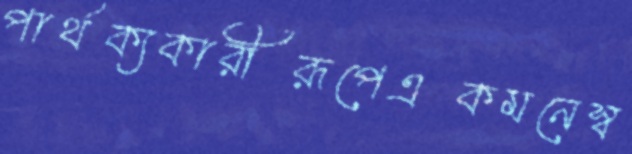
পার্থক্যকারীরূপেএকমনেস্ব